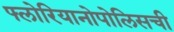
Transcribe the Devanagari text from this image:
फ्लोरियानोपोलिसची